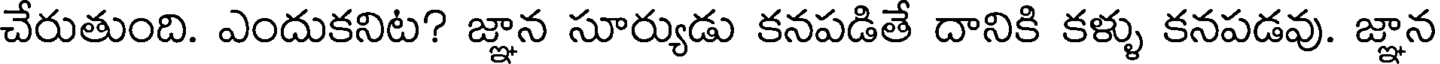
చేరుతుంది. ఎందుకనిట? జ్ఞాన సూర్యుడు కనపడితే దానికి కళ్ళు కనపడవు. జ్ఞాన